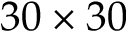
3 0 \times 3 0